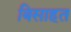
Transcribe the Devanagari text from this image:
बिसाहत